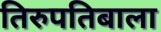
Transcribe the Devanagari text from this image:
तिरुपतिबाला